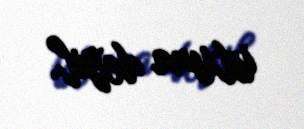
istisna deyil.